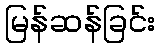
မြန်ဆန်ခြင်း